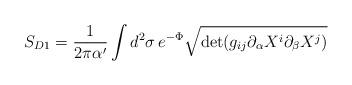
LaTeX: \begin{align*}S_{D1} = \frac{1}{ 2\pi \alpha'}\int d^2\sigma \, e^{-\Phi}\sqrt{{\rm det}(g_{ij}\partial_\alpha X^i \partial_\beta X^j)}\end{align*}